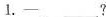
l.—___?